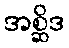
အစ္ဆိဒ